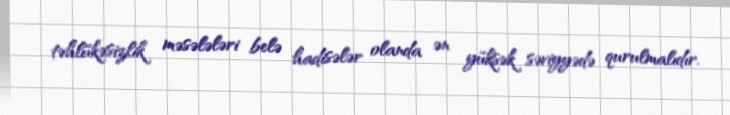
təhlükəsizlik məsələləri belə hadisələr olanda ən yüksək səviyyədə qurulmalıdır.